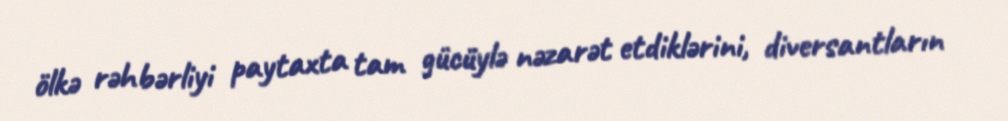
ölkə rəhbərliyi paytaxta tam gücüylə nəzarət etdiklərini, diversantların